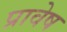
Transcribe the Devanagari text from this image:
प्रावेष